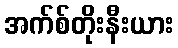
အက်စ်တိုးနီးယား